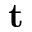
\mathbf { t }